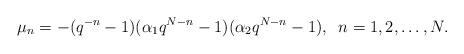
LaTeX: \begin{align*}\mu_n=-(q^{-n}-1)(\alpha_1 q^{N-n}-1)(\alpha_2 q^{N-n}-1), \;\;n=1,2,\ldots,N.\end{align*}